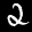
Label: 2